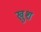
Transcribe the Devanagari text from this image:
खु़श